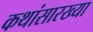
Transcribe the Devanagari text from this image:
कथांसारख्या